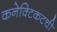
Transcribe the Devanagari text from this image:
कनेक्टिकटची